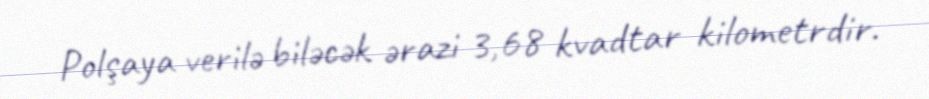
Polşaya verilə biləcək ərazi 3,68 kvadtar kilometrdir.